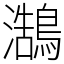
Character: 𪄣